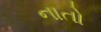
નાતો